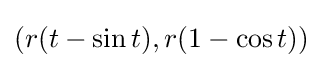
(r(t-\sin t),r(1-\cos t))